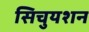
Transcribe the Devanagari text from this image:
सिचुयशन